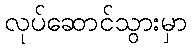
လုပ်ဆောင်သွားမှာ